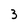
Character: 3